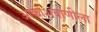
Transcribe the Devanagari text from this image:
आकाशवाणीला